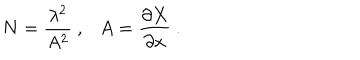
N = \frac { \lambda ^ { 2 } } { A ^ { 2 } } \ , \ \ \ A = \frac { \partial X } { \partial x } \ .